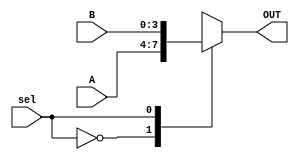

module mux #(parameter W = 4)(
input [W-1:0] A, B, 
input sel,
output reg [W-1:0] OUT
    );

always @ (A, B, sel)
begin
    case (sel)
        1'b0: OUT = A;
        1'b1: OUT = B;
    endcase
end
    
endmodule